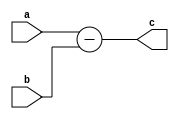
module sub_N (a,b,c);
parameter N=10;
input [N-1:0] a,b;
output [N:0] c;
assign c = {1'b0,a} - {1'b0,b};
endmodule